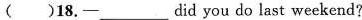
( )18.—___ did you do last weekend?